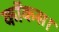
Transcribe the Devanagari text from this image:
कॉकस।